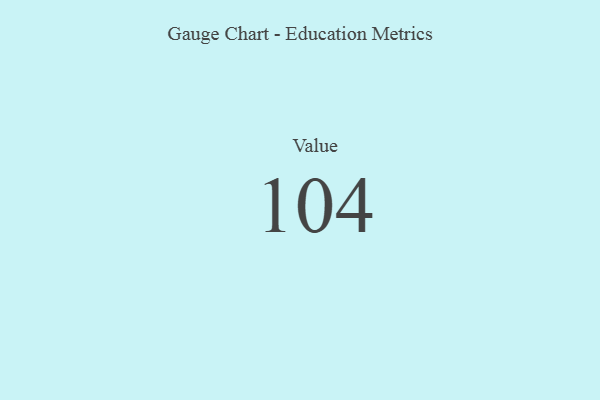
{"axis": {"x": "Metric", "y": "Value"}, "legend": [""], "data": [{"x": "Value", "y": 104, "type": ""}]}